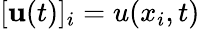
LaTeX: [\mathbf{u}(t)]_{i}=u(x_{i},t)